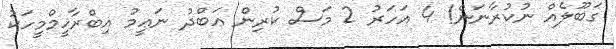
ގަބޫލެއް ނުކުރާނަން! 4 އަހަރު 2 މަސް ކުރިން ޢަބްދު ނަޢީމު އިބްރާހީމްމީހަކު